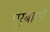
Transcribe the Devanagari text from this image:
पूरबाणी